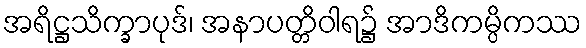
အရိဋ္ဌသိက္ခာပုဒ်၊ အနာပတ္တိဝါရ၌ အာဒိကမ္ပိကဿ